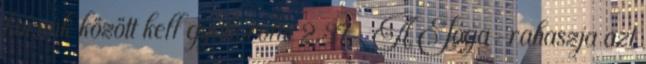
korunk között kell gyakorolni 2.37 . A Jóga-rahaszja azt